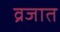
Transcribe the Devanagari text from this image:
व्रजात